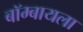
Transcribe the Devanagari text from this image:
बॉम्बायला